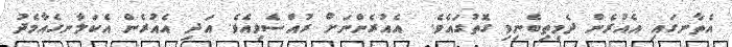
އެތާނގައި އެއުރެން ދެމިތިބެނިވި ގޮތުގައެވެ.  އެއުރެންނަށް ރުއްސެވިއެވެ. އަދި އެއުރެން އެކަލާނގެއާމެދު